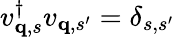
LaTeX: v_{{\mathbf q},s}^{\dagger}v_{{\mathbf q},s^{\prime}}=\delta_{s,s^{\prime}}